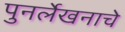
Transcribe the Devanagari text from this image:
पुनर्लेखनाचे